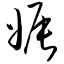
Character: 娠